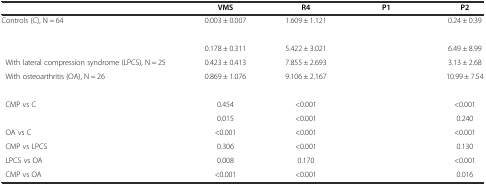
<table><thead><tr><td>[EMPTY_CELL]</td><td><b>VMS</b></td><td><b>R4</b></td><td><b>P1</b></td><td><b>P2</b></td></tr></thead><tbody><tr><td>Controls (C), N = 64</td><td>0.003 ± 0.007</td><td>1.609 ± 1.121</td><td>[EMPTY_CELL]</td><td>0.24 ± 0.39</td></tr><tr><td colspan="5">[EMPTY_CELL]</td></tr><tr><td>[EMPTY_CELL]</td><td>0.178 ± 0.311</td><td>5.422 ± 3.021</td><td>[EMPTY_CELL]</td><td>6.49 ± 8.99</td></tr><tr><td> With lateral compression syndrome (LPCS), N = 25</td><td>0.423 ± 0.413</td><td>7.855 ± 2.693</td><td>[EMPTY_CELL]</td><td>3.13 ± 2.68</td></tr><tr><td> With osteoarthritis (OA), N = 26</td><td>0.869 ± 1.076</td><td>9.106 ± 2.167</td><td>[EMPTY_CELL]</td><td>10.99 ± 7.54</td></tr><tr><td colspan="5">[EMPTY_CELL]</td></tr><tr><td> CMP vs C</td><td>0.454</td><td>&lt;0.001</td><td>[EMPTY_CELL]</td><td>&lt;0.001</td></tr><tr><td>[EMPTY_CELL]</td><td>0.015</td><td>&lt;0.001</td><td>[EMPTY_CELL]</td><td>0.240</td></tr><tr><td> OA vs C</td><td>&lt;0.001</td><td>&lt;0.001</td><td>[EMPTY_CELL]</td><td>&lt;0.001</td></tr><tr><td> CMP vs LPCS</td><td>0.306</td><td>&lt;0.001</td><td>[EMPTY_CELL]</td><td>0.130</td></tr><tr><td> LPCS vs OA</td><td>0.008</td><td>0.170</td><td>[EMPTY_CELL]</td><td>&lt;0.001</td></tr><tr><td> CMP vs OA</td><td>&lt;0.001</td><td>&lt;0.001</td><td>[EMPTY_CELL]</td><td>0.016</td></tr></tbody></table>